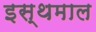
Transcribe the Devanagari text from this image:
इस्थमाल